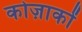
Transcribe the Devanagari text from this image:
कोज़ाकों